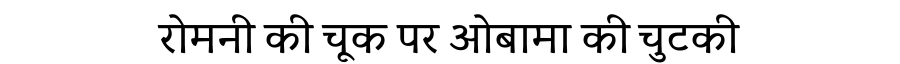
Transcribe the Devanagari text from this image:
रोमनी की चूक पर ओबामा की चुटकी